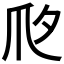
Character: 𤓵